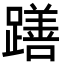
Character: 𮜖